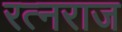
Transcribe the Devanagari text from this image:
रत्नराज